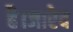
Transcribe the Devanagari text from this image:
है।जारेद